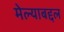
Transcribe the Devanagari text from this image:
मेल्याबद्दल